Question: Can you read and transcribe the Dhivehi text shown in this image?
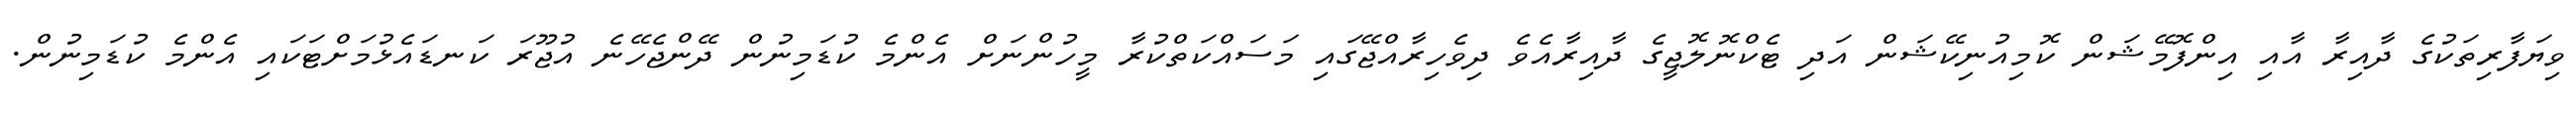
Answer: ވިޔަފާރިތަކުގެ ދާއިރާ އާއި އިންފޮމޭޝަން ކޮމިއުނިކޭޝަން އަދި ޓެކްނޮލޮޖީގެ ދާއިރާއެވެ ދިވެހިރާއްޖޭގައި މަސައްކަތްކުރާ މީހުންނަށް އެންމެ ކުޑަމިނުން ދޭންޖެހޭނެ އުޖޫރަ ކަނޑައެޅުމަށްޓަކައި އެންމެ ކުޑަމިނުން.